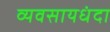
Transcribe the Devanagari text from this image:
व्यवसायधंदा